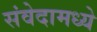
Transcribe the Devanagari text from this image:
संवेदामध्ये